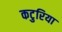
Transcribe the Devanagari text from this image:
कटुरिया